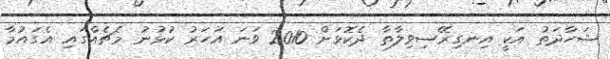
ޝަހާދަތު އަކީ އިނގިރޭސިވިލާތާ ދެކޮޅަށް 2010 ވަނަ އަހަރު ކުޅުނު މެޗެއްގައި އެގައުމާ